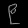
Digit: ၉